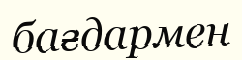
бағдармен